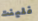
فلينت